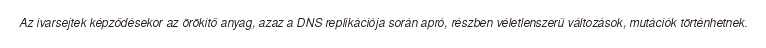
Az ivarsejtek képződésekor az örökítő anyag, azaz a DNS replikációja során apró, részben véletlenszerű változások, mutációk történhetnek.